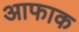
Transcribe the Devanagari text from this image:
आफाक